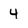
Character: 4